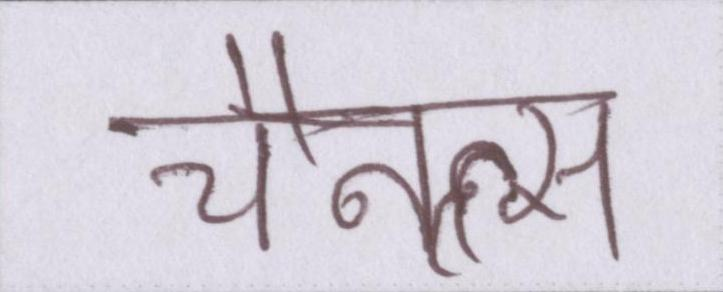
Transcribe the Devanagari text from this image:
चैनल्स